Vaccination Hyderabad 1872-1889 - 1872-1889
Year: 1872
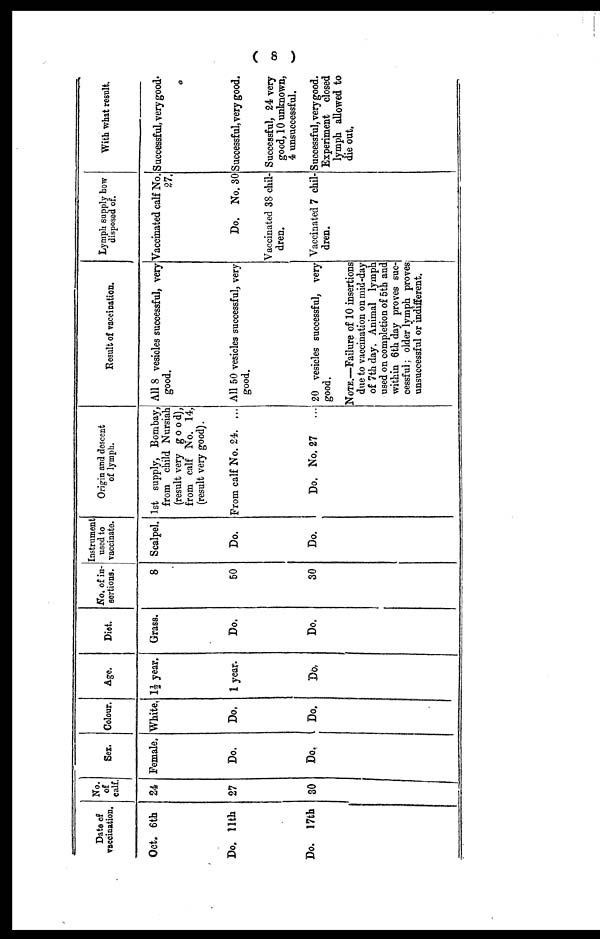
( 8 )
Date of
vaccination.
Oct. 6th
Do. 11th
Do. 17th
No.
of
calf.
24
27
80
Sex.
Female.
Do.
Do.
Colour.
White,
Do.
Do.
Age.
1½ year.
1 year.
Do.
Diet.
Grass.
Do.
Do.
No. of in-
sertions.
8
50
30
Instrument
used to
vaccinate.
Scalpel.
Do.
Do.
Origin and descent
of lymph.
1st supply, Bombay,
from child Nursiah
(result very good),
from calf No. 14,
(result very good).
Prom calf No. 24. ...
Do. No. 27
...
Result of vaccination.
All 8 vesicles successful, very
good.
All 50 vesicles successful, very
good.
20 vesicles successful, very
good.
NOTE.—Failure of 10 insertions
due to vaccination on mid-day
of 7th day. Animal lymph
used on completion of 5th and
within 6th day proves suc-
cessful ; older lymph proves
unsuccessful or indifferent.
Lymph supply how
disposed of.
Vaccinated calf No.
27.
Do. No. 30
Vaccinated 38 chil-
dren.
Vaccinated 7 chil-
dren.
With what result.
Successful, very good.
Successful, very good.
Successful, 24 very
good, 10 unknown,
4 unsuccessful.
Successful, very good.
Experiment closed
lymph allowed to
die out.